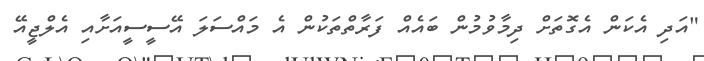
"އަދި އެކަން އެގޮތަށް ދިމާވުމުން ބައެއް ފަރާތްތަކުން އެ މައްސަލަ އޭސީސީއަށާއި އެލްޖީއޭ